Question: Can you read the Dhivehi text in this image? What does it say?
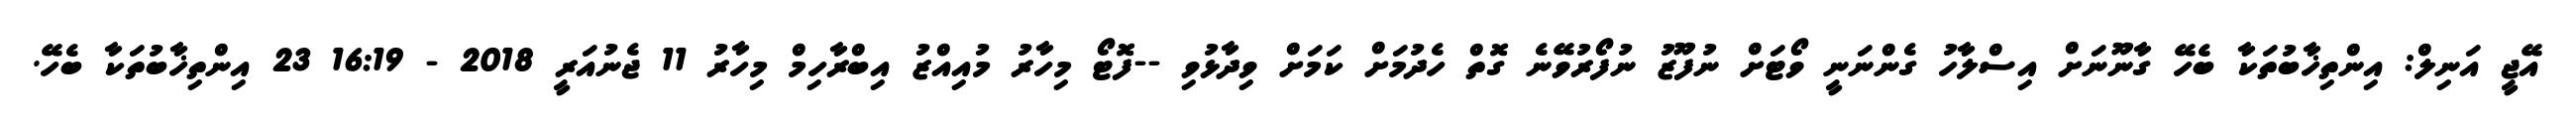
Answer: އޭޖީ އަނިލް: އިންތިޚާބުތަކާ ބެހޭ ގާނޫނަށް އިސްލާހު ގެންނަނީ ވޯޓަށް ނުފޫޒު ނުފޯރުވޭނެ ގޮތް ހެދުމަށް ކަމަށް ވިދާޅުވި --ފޮޓޯ މިހާރު މުއިއްޒު އިބްރާހިމް މިހާރު 11 ޖެނުއަރީ 2018 - 16:19 23 އިންތިޚާބުތަކާ ބެހޭ.